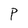
Character: P